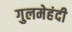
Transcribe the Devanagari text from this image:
गुलमेहंदी